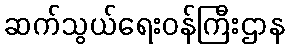
ဆက်သွယ်ရေးဝန်ကြီးဌာန